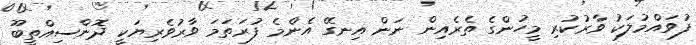
ފުވައްމުލަކު ވާރުކުރި މީހުންގެ ތެރެއިން ނަން އިނގޭ އެންމެ ފުރަތަމަ ވާރުވެރިޔަކީ ދޮންސިއްތީބޫ